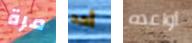
مرة أحد أواعده